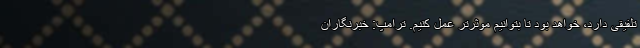
تلفیقی دارد، خواهد بود تا بتوانیم موثرتر عمل کنیم. ترامپ: خبرنگاران